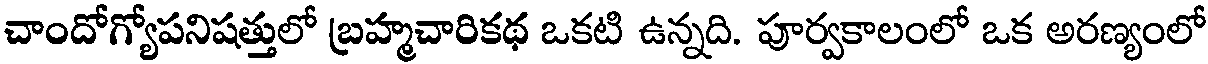
చాందోగ్యోపనిషత్తులో బ్రహ్మచారికథ ఒకటి ఉన్నది. పూర్వకాలంలో ఒక అరణ్యంలో